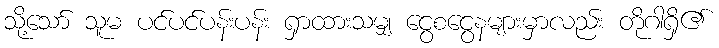
သို့သော် သူမ ပင်ပင်ပန်းပန်း ရှာထားသမျှ ငွေစငွေနများမှာလည်း တိုဂါရှိ၏